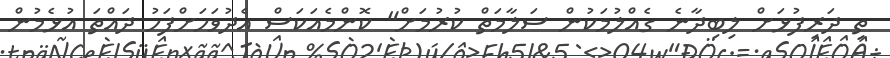
ތި ދަރިފުޅަށް ލިބިދާނެ ގެއްލުމަކުން ސަލާމަތް ކުރުމަށް" ކޮންމެއަކަސް އެދުވަހަށްފަހު ދައްތަ އުޅެމުން